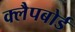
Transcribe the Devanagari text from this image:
क्लैपबोर्ड